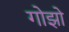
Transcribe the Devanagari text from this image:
गोझो